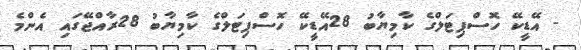
- އޭޑީކޭ ހޮސްޕިޓަލްގެ ކާމިޔާބު 28އޭޑީކޭ ހޮސްޕިޓަލްގެ ކާމިޔާބު 28ރާއްޖޭގައި އެންމެ